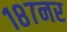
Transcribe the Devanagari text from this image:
१८७नर